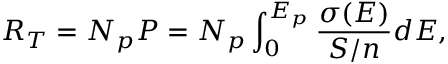
R _ { T } = N _ { p } P = N _ { p } \int _ { 0 } ^ { E _ { p } } \frac { \sigma ( E ) } { S / n } d E ,